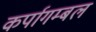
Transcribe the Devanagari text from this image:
कर्पागम्बल